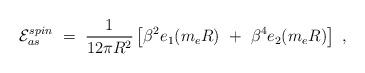
LaTeX: \begin{align*}{\cal E}^{spin}_{as}\ =\ \frac{1}{12\pi R^2}\left[\beta^2 e_1(m_eR)\ +\ \beta^4 e_2(m_e R)\right]\ ,\end{align*}